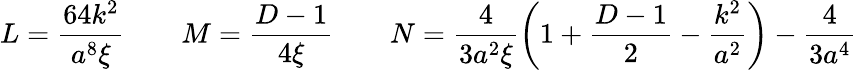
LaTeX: L=\frac{64k^{2}}{a^{8}\xi}\ \ \ \ \ \ \ \ M=\frac{D-1}{4\xi}\ \ \ \ \ \ \ \ N=\frac{4}{3a^{2}\xi}\left(1+\frac{D-1}{2}-\frac{k^{2}}{a^{2}}\right)-\frac{4}{3a^{4}}